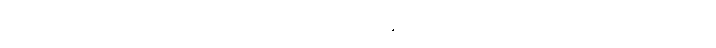
အကျယ်အားဖြင့်။ အာဂမိဿတိ၊ လာလတ္တံ့။ ဧဝံ၊ ဤသို့။ ဧတံ ဝတ္ထု၊ ဤဝတ္ထုသည်။